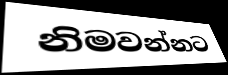
නිමවන්නට